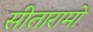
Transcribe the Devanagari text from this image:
सीतारामो